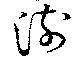
澍